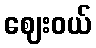
ဈေးဝယ်